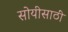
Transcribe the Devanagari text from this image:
सोयीसाठीं